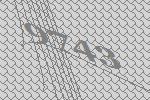
9743